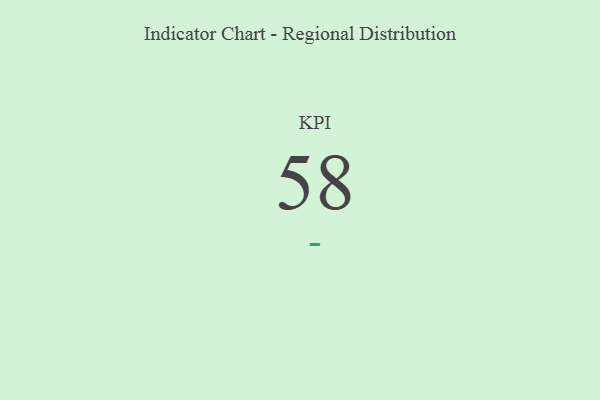
{"axis": {"x": "KPI", "y": "Value"}, "legend": [""], "data": [{"x": "KPI", "y": 58, "type": ""}]}